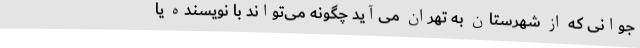
جوانی که از شهرستان به تهران می‌آید چگونه می‌تواند با نویسنده یا